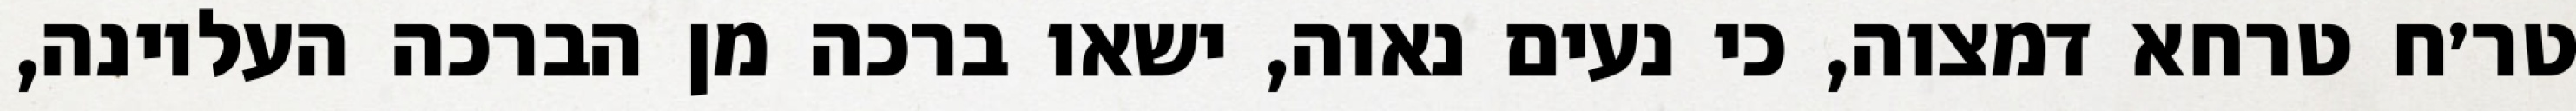
טר׳ח טרחא דמצוה, כי נעים נאוה, ישאו ברכה מן הברכה העליונה,